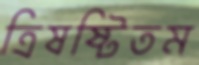
ত্রিষষ্টিতম